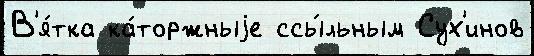
В'я́тка ка́торжныjе ссы́льным Сух'инов